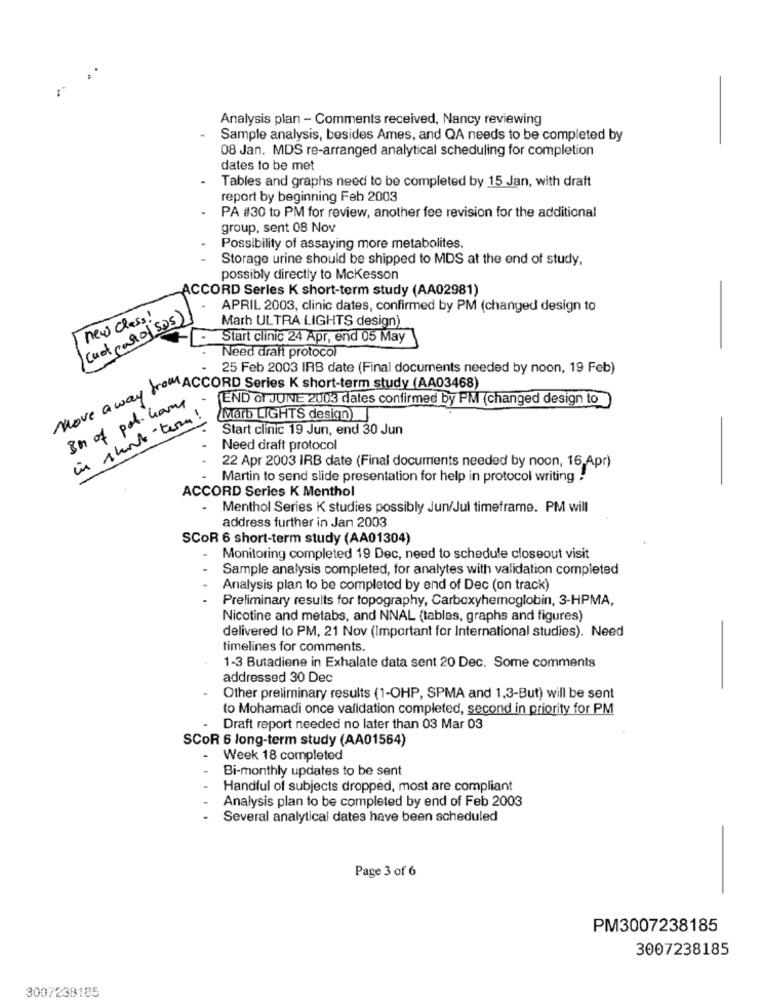
Analysis plan - Comments received, Nancy reviewing
Sample analysis, besides Ames, and QA needs to be completed by
08 Jan. MDS re-arranged analytical scheduling for completion
dates to be met
Tables and graphs need to be completed by 15 Jan, with draft
report by beginning Feb 2003
- PA #30 to PM for review, another fee revision for the additional
group, sent 08 Nov
Possibility of assaying more metabolites.
Storage urine should be shipped to MDS at the end of study,
possibly directly to Mckesson
ACCORD Serles K short-term study (AA02981)
APRIL 2003, clinic dates, confirmed by PM (changed design to
new class!
(ust carol sos)
Marh ULTRA LIGHTS design)
Start clinic 24 Apr, end 05 May
Need draft protocol
25 Feb 2003 IRB date (Final documents needed by noon, 19 Feb)
Move a way " ACCORD Series K short-term study (AA03400)
In of pot. Gary
END of JUNE 2003 dates confirmed by PM (changed design to
in short-term !
Marb LIGHTS design
Start clinic 19 Jun, end 30 Jun
Need draft protocol
22 Apr 2003 IRB date (Final documents needed by noon, 16,Apr)
Martin to send slide presentation for help in protocol writing .
ACCORD Series K Menthol
Menthol Series K studies possibly Jun/Jul timeframe. PM will
address further in Jan 2003
SCOR 6 short-term study (AA01304)
Monitoring completed 19 Dec, need to schedule closeout visit
Sample analysis completed, for analytes with validation completed
Analysis plan to be completed by end of Dec (on track)
Preliminary results for topography, Carboxyhemoglobin, 3-HPMA,
Nicotine and metabs, and NNAL (tables, graphs and figures)
delivered to PM, 21 Nov (Important for International studies). Need
timelines for comments.
1-3 Butadiene in Exhalate data sent 20 Dec. Some comments
addressed 30 Dec
Other preliminary results (1-OHP, SPMA and 1,3-But) will be sent
to Mohamadi once validation completed, second in priority for PM
Draft report needed no later than 03 Mar 03
SCOR 6 long-term study (AA01564)
Week 18 completed
Bi-monthly updates to be sent
Handful of subjects dropped, most are compliant
Analysis plan to be completed by end of Feb 2003
Several analytical dates have been scheduled
Page 3 of 6
PM3007238185
3007238185
3007238185